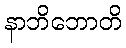
နာဘိဘောတိ